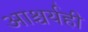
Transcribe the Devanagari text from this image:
आश्चर्यही